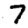
Digit: 7